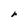
Character: r